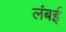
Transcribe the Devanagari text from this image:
लंबई